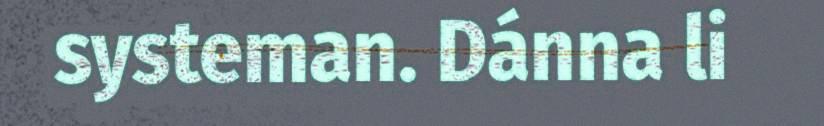
systeman. Dánna li